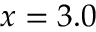
x = 3 . 0